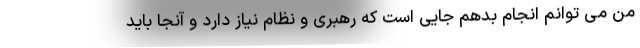
من می توانم انجام بدهم جایی است که رهبری و نظام نیاز دارد و آنجا باید